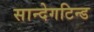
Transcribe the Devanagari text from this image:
सान्देगटिन्ड